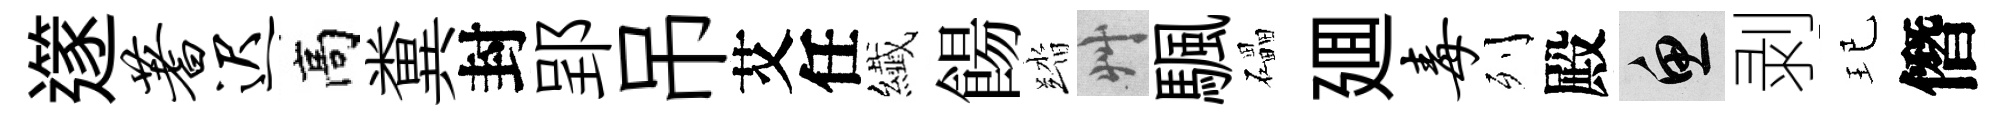
𨗹蓍迟高糞封郢吊艾任纎餳踏艸颿礧廽毒列殿魚剥玘僭